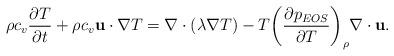
LaTeX: \begin{align*}\rho {c_v}\frac{{\partial T}}{{\partial t}} + \rho {c_v}{\bf{u}} \cdot \nabla T = \nabla \cdot \left( {\lambda \nabla T} \right) - T{\left( {\frac{{\partial {p_{EOS}}}}{{\partial T}}} \right)_\rho }\nabla \cdot {\bf{u}}.\end{align*}